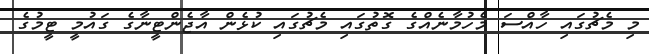
މި މެޗުގައި ހާއްސަ މެހުމާނެއްގެ ގޮތުގައި މެޗުގައި ކުޅެން އާޖެންޓީނާގެ ގައުމީ ޓީމުގެ